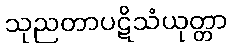
သုညတာပဋိသံယုတ္တာ